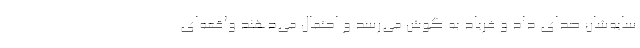
سایه‌شان صدای داد و فریاد به گوش می‌رسد و احتمال می‌دهند واقعه‌ای